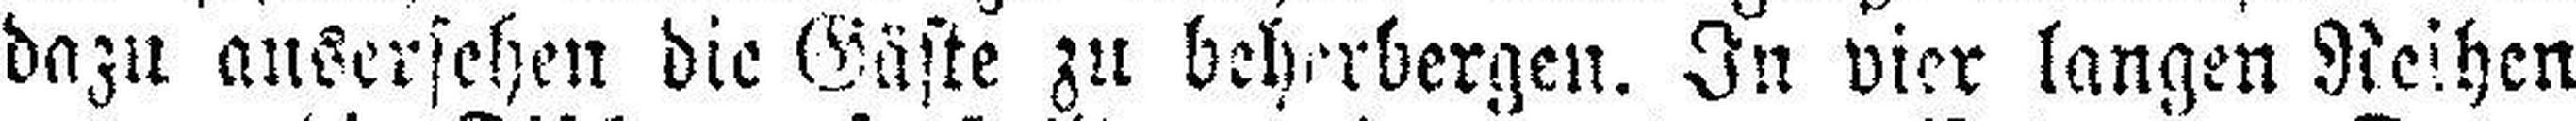
dazu ausersehen die Gäste zu beherbergen. In vier langen Reihen